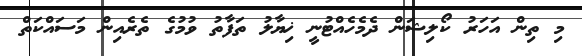
މި ތިން އަހަރު ކޯލިޝަން ދެމެހެއްޓުނީ ޚިޔާލު ތަފާތު ވުމުގެ ތެރެއިން މަސައްކަތް